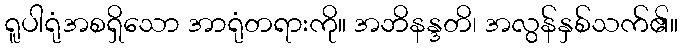
ရူပါရုံအစရှိသော အာရုံတရားကို။ အဘိနန္ဒတိ၊ အလွန်နှစ်သက်၏။